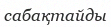
сабақтайды